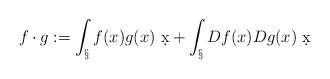
\begin{align*}f\cdot g := \int_\S f(x)g(x)\ \d x + \int_\S Df(x) Dg(x)\ \d x\end{align*}